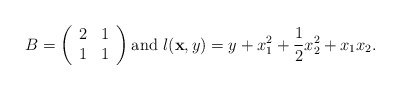
\begin{align*}B=\left(\begin{array}{rccl} 2 & 1 \\ 1 & 1 \end{array} \right) \mbox{and }l({\bf x},y)= y+x_1^2+\frac12x_2^2+x_1x_2.\end{align*}